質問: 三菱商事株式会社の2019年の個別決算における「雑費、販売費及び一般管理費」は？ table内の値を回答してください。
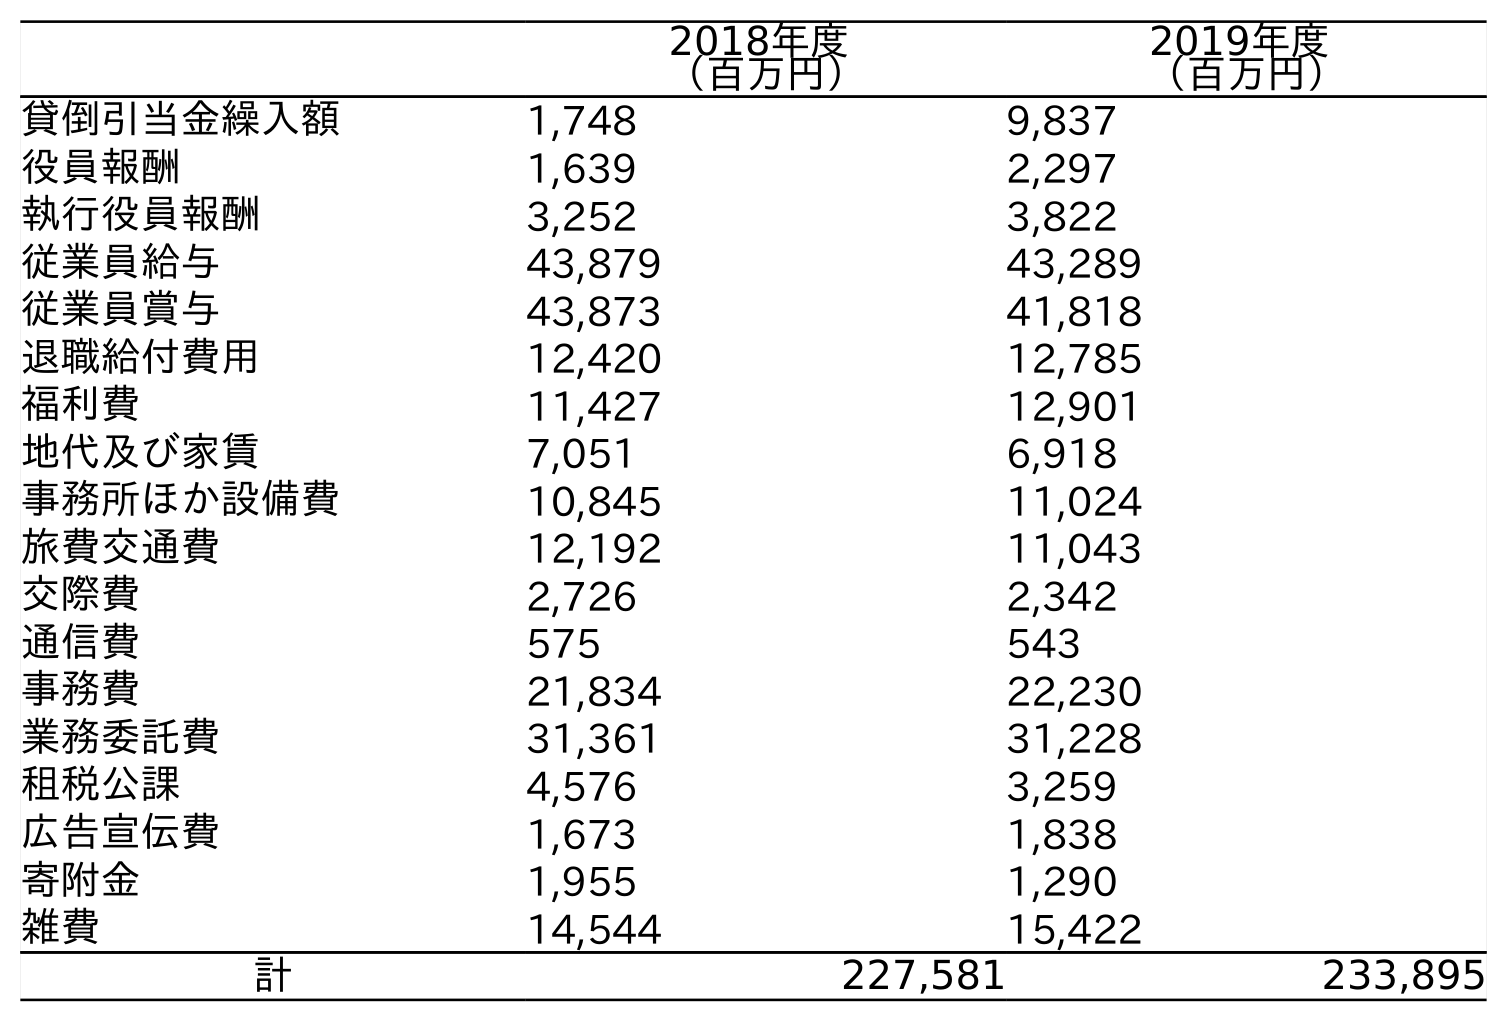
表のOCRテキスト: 2018年度 （百万円） 2019年度 （百万円） 貸倒引当金繰入額 1,748 9,837 役員報酬 1,639 2,297 執行役員報酬 3,252 3,822 従業員給与 43,879 43,289 従業員賞与 43,873 41,818 退職給付費用 12,420 12,785 福利費 11,427 12,901 地代及び家賃 7,051 6,918 事務所ほか設備費 10,845 11,024 旅費交通費 12,192 11,043 交際費 2,726 2,342 通信費 575 543 事務費 21,834 22,230 業務委託費 31,361 31,228 租税公課 4,576 3,259 広告宣伝費 1,673 1,838 寄附金 1,955 1,290 雑費 14,544 15,422 計 227,581 233,895
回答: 14,544